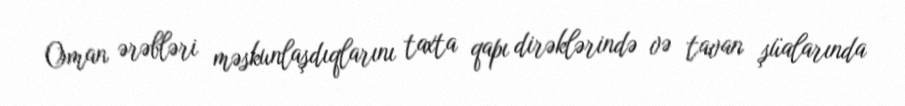
Oman ərəbləri məskunlaşdıqlarını taxta qapı dirəklərində və tavan şüalarında